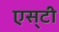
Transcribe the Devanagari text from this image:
एस्‌टी